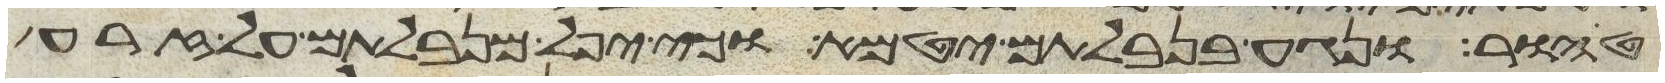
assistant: טהור ונגע בנבלתם יטמא וכי יפל מנבלתם על זרע